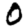
Digit: 0